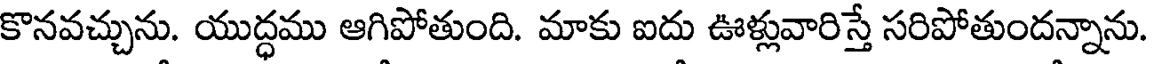
కొనవచ్చును. యుద్ధము ఆగిపోతుంది. మాకు ఐదు ఊళ్లువారిస్తే సరిపోతుందన్నాను.